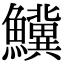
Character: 𬵷